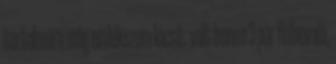
tartalmára még emlékszem kicsit: volt benne 3 pár fülbevaló,